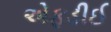
એફડીઈ